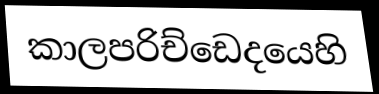
කාලපරිච්ඩෙදයෙහි